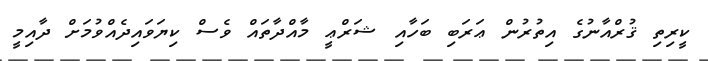
ކީރިތި ޤުރްއާނުގެ އިތުރުން ޢަރަބި ބަހާއި ޝަރްޢީ މާއްދާތައް ވެސް ކިޔަވައިދެއްވުމަށް ދާއިމީ